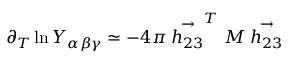
\partial _ { T } \ln Y _ { \alpha \beta \gamma } \simeq - 4 \pi \stackrel { \rightarrow } { h _ { 2 3 } } ^ { T } M \stackrel { \rightarrow } { h _ { 2 3 } }